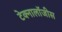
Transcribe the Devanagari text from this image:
टेक्नालॉजीस